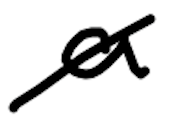
Text: a
Cross-out: diagonal
Writing tool: digital_black